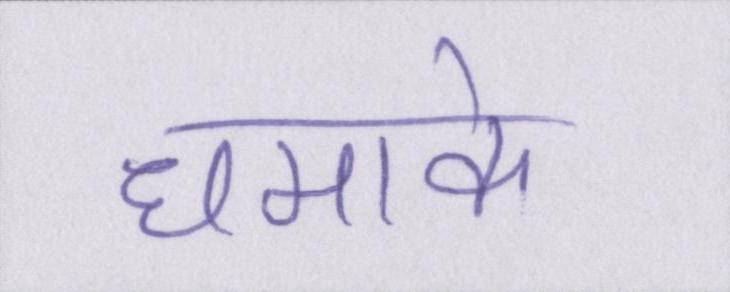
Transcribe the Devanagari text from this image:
धमाके